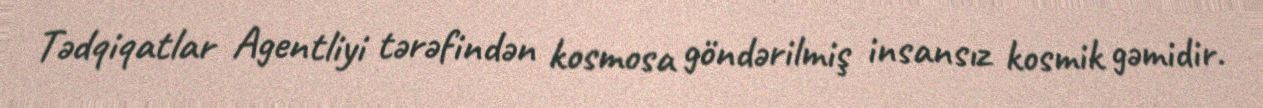
Tədqiqatlar Agentliyi tərəfindən kosmosa göndərilmiş insansız kosmik gəmidir.